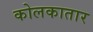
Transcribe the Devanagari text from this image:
कोलकातार